Vaccination North-Western Provinces and Oudh 1896-1901 - 1896-1901
Year: 1896
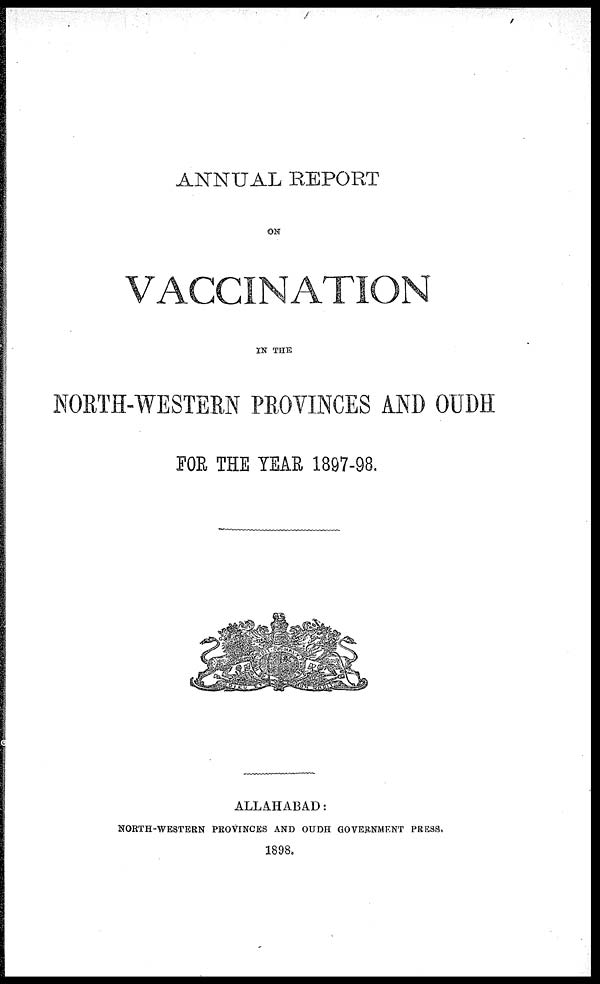
ANNUAL REPORT
ON
VACCINATION
IN THE
NORTH-WESTERN PROVINCES AND OUDH
FOR THE YEAR 1897-98.
ALLAHABAD:
NORTH-WESTERN PROVINCES AND OUDH GOVERNMENT PRESS.
1898.